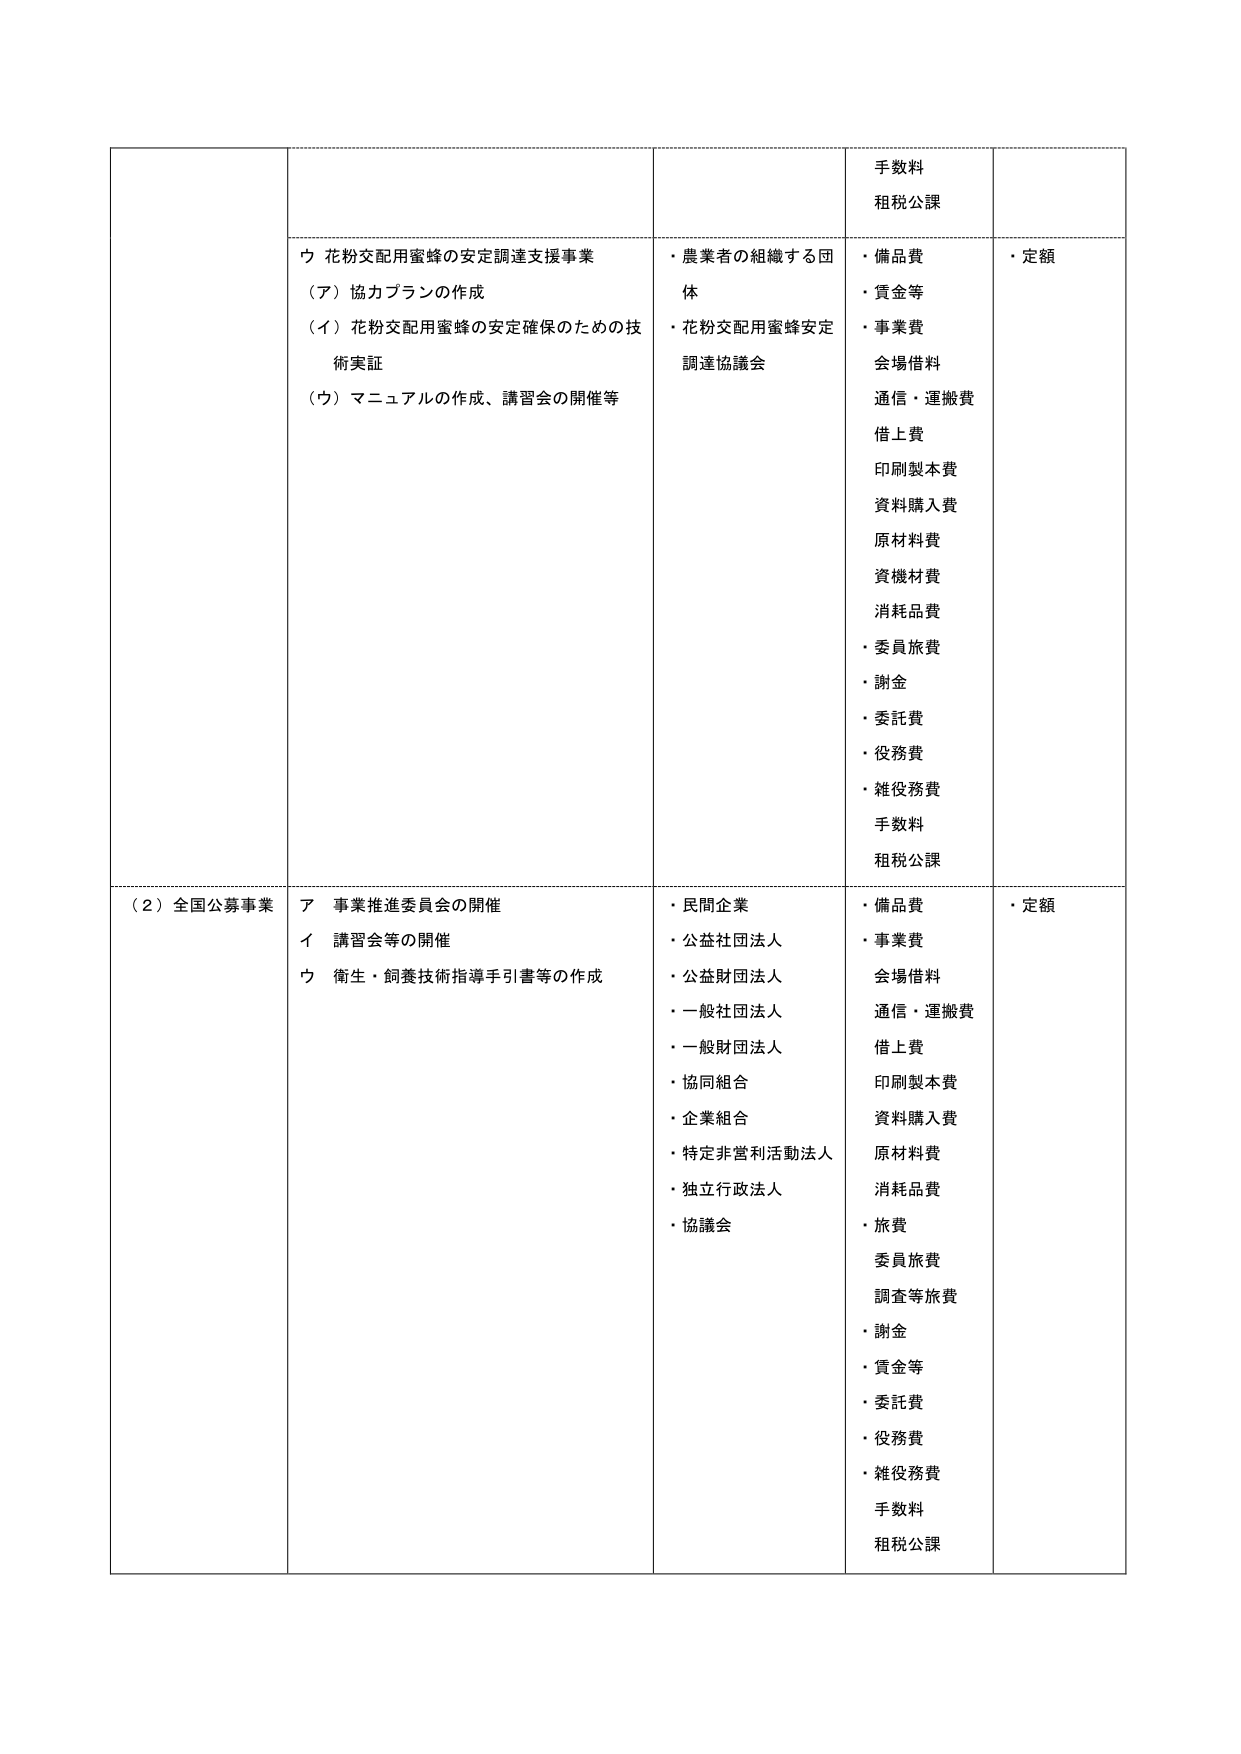
手数料
租税公課

ウ 花粉交配用蜜蜂の安定調達支援事業
（ア）協力プランの作成
（イ）花粉交配用蜜蜂の安定確保のための技術実証
（ウ）マニュアルの作成、講習会の開催等

・農業者の組織する団体
・花粉交配用蜜蜂安定調達協議会

・備品費
・賃金等
・事業費
会場借料
通信・運搬費
借上費
印刷製本費
資料購入費
原材料費
資機材費
消耗品費
・委員旅費
・謝金
・委託費
・役務費
・雑役務費
手数料
租税公課

・定額

（２）全国公募事業
ア 事業推進委員会の開催
イ 講習会等の開催
ウ 衛生・飼養技術指導手引書等の作成

・民間企業
・公益社団法人
・公益財団法人
・一般社団法人
・一般財団法人
・協同組合
・企業組合
・特定非営利活動法人
・独立行政法人
・協議会

・備品費
・事業費
会場借料
通信・運搬費
借上費
印刷製本費
資料購入費
原材料費
消耗品費
・旅費
委員旅費
調査等旅費
・謝金
・賃金等
・委託費
・役務費
・雑役務費
手数料
租税公課

・定額